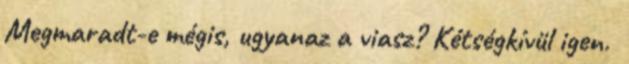
Megmaradt-e mégis, ugyanaz a viasz? Kétségkívül igen.